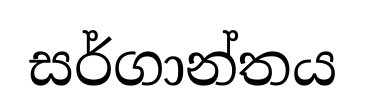
සර්ගාන්තය